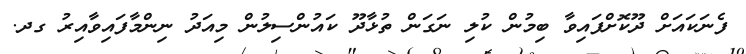
ފެނަކައަށް ދޫކޮށްފައިވާ ބިމުން ކުލި ނަގަން ތުޅާދޫ ކައުންސިލުން މިއަދު ނިންމާފައިވާއިރު ގދ.